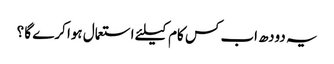
یہ دودھ اب کس کام کیلئے استعمال ہوا کرے گا ؟